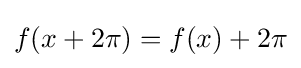
f(x+2\pi )=f(x)+2\pi